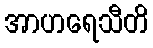
အာဟရေသီတိ